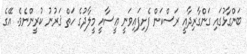
ބަންގާޅުގައި ގަންގާރިދާއީ ރަސްކަން ފެށިފައިވަނީ ޢީސާއީ މީލާދުގެ ހަތް ޤަރުނު ކުރީންނެވެ. އޭގެ